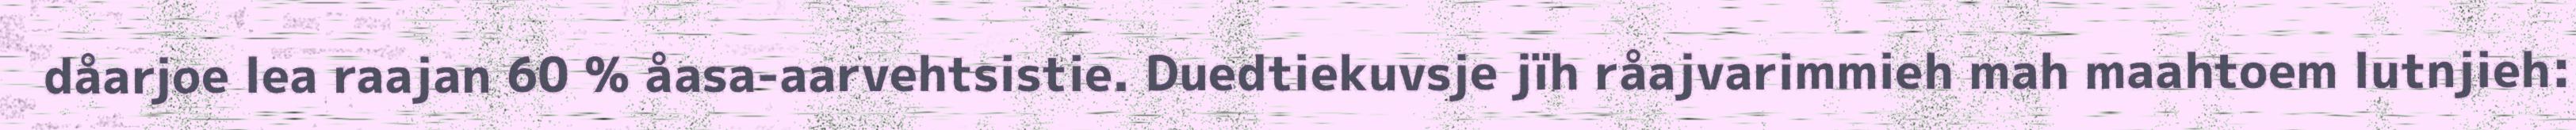
dåarjoe lea raajan 60 % åasa-aarvehtsistie. Duedtiekuvsje jïh råajvarimmieh mah maahtoem lutnjieh: